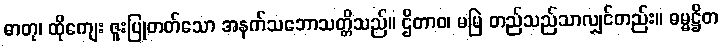
ဓာတု၊ ထိုကျေး ဇူးပြုတတ်သော အနက်သဘောသတ္တိသည်။ ဌိတာဝ၊ မမြဲ တည်သည်သာလျှင်တည်း။ ဓမ္မဋ္ဌိတ